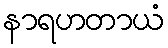
နာရဟတာယံ